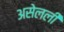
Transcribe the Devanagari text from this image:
असेलली